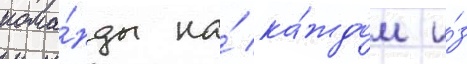
кома́нды на́ ка́ждом и́з